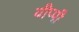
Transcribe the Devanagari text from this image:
यीप्पी